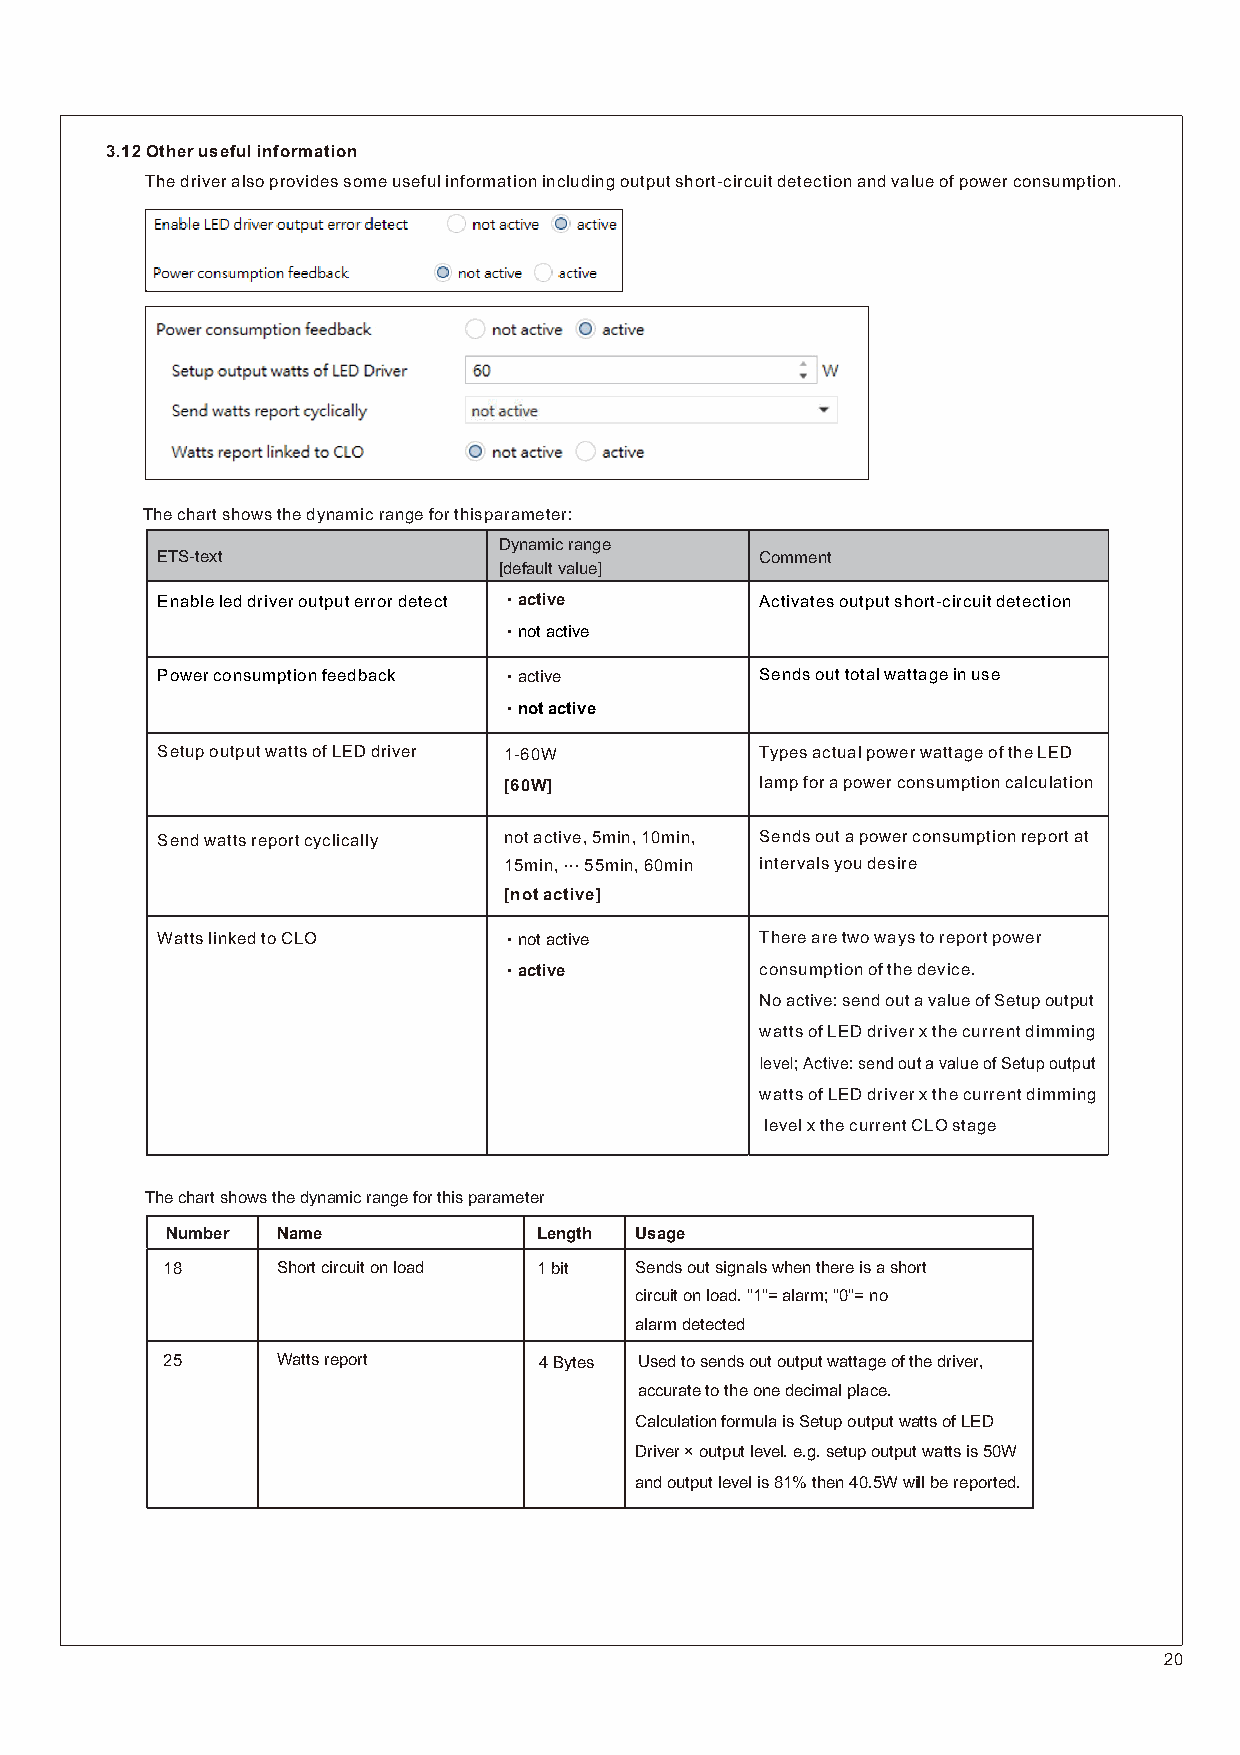
3.12 Other useful information
 The driver also provides some useful information including output short-circuit detection and value of power consumption.
 The chart shows the dynamic range for this parame ter:
 Dynamic range
 ETS-text                                Comment
 [default value]
 Enable led driver output error detect ‧active Activates output short-circuit detection
 ‧not active
 Power consumption feedback ‧active      Sends out total wattage in use
 ‧not active
 Setup output watts of LED driver 1-60W  Types actual power wattage of the LED
 [60W]            lamp for a power consumption calculation
 Send watts report cyclically not active, 5min, 10min, Sends out a power consumption report at
 15min, … 55min, 60min intervals you desire
 [not active]
 Watts linked to CLO    ‧not active      There are two ways to report power
 ‧active          consumption of the device.
 No active: send out a value of Setup output
 watts of LED driver x the current dimming
 level; Active: send out a value of Setup output
 watts of LED driver x the current dimming
 level x the current CLO stage
 The chart shows the dynamic range for this parameter
 Number Name              Length Usage
 18     Short circuit on load 1 bit Sends out signals when there is a short
 circuit on load. "1"= alarm; "0"= no
 alarm detected
 25     Watts report      4 Bytes Used to sends out output wattage of the driver,
 accurate to the one decimal place.
 Calculation formula is Setup output watts of LED
 Driver × output level. e.g. setup output watts is 50W
 and output level is 81% then 40.5W will be reported.
 20